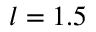
l = 1 . 5